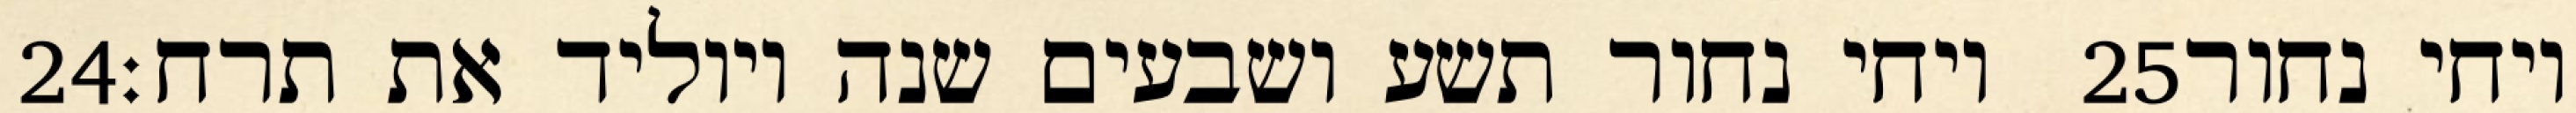
‎24‏ ויחי נחור תשע ושבעים שנה ויוליד את תרח׃ ‎25‏ ויחי נחור